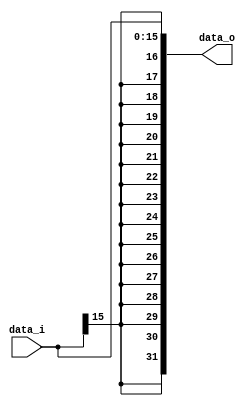
module Sign_Extend (
    data_i,
    data_o
);

  //I/O ports
  input [16-1:0] data_i;

  output [32-1:0] data_o;

  //Internal Signals
  wire [32-1:0] data_o;
  integer i;

  //Sign extended
  /*your code here*/

  assign data_o = {data_i[15], data_i[15], data_i[15], data_i[15], data_i[15], 
                data_i[15], data_i[15], data_i[15], data_i[15], data_i[15], 
                data_i[15], data_i[15], data_i[15], data_i[15], data_i[15], 
                data_i[15], data_i[15], data_i[14], data_i[13], data_i[12], 
                data_i[11], data_i[10], data_i[ 9], data_i[ 8], data_i[ 7], 
                data_i[ 6], data_i[ 5], data_i[ 4], data_i[ 3], data_i[ 2], 
                data_i[ 1], data_i[ 0]}; 
          

  //assign data_o = {{16{data_i[15]}}, data_i};



endmodule